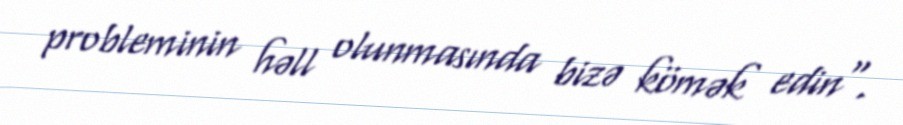
probleminin həll olunmasında bizə kömək edin".